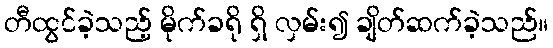
တီထွင်ခဲ့သည့် မိုက်ခရို ရှိ လှမ်း၍ ချိတ်ဆက်ခဲ့သည်။